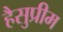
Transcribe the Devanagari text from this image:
हैसुप्रीम